Sketch of the medical history of the native army of Bombay, for the year
Year: 1872
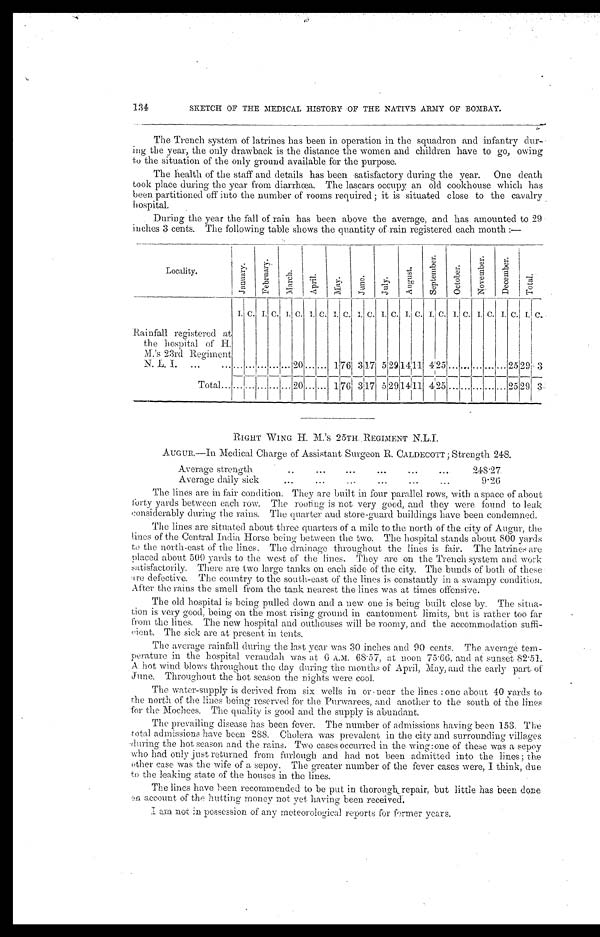
SKETCH OF THE MEDICAL HISTORY OF THE NATIVE ARMY OF BOMBAY.
The Trench system of latrines has been in operation in the squadron and infantry dur
-
ing the year, the only drawback is the distance the women and children have to go, owing
to the situation of the only ground available for the purpose.
The health of the staff and details has been satisfactory during the year. One death
took place during the year from diarrhœa. The lascars occupy an old cookhouse which has
been partitioned off into the number of rooms required ; it is situated close to the cavalry hospital.
During the year the fall of rain has been above the average, and has amounted to 29
inches 3 cents. The following table shows the quantity of rain registered each month :—
Locality.
J a n u a r y .
F e b r u a r y .
M a r c h .
April.
M a y .
J u n e .
Jul y.
Au g u s t .
S e p t e m b e r .
O c t o b e r .
N o v e m b e r .
D e c e m b e r .
T o t a l .
Rainfall registered at
the hospital of H.
M.'s 23rd Regiment
N.L.I. . . .
I. C. I. C. I.
C. I.
C. I. C. I. C. I. C. I. C. I. C. I. C. I. C. I. C. I. C.
. . .
. . .. . .
. . .
. . . 20 . . .
. . .1
76
3
17 5 29
1 4
11 4 25
. . .
. . .
. . .
. . .
. . . 25 29 3
Total . . .
. . .
. . .
. . .
. . .
. . . 20. . .
. . . 1
763
17 5 29 14
1 1
4
25
. . .
. . .
. . .
. . .
. . . 25 29 3
RIGHT WING H.M.'s 25TH REGIMENT N.L.I.
AUGUR.—In Medical Charge of Assistant Surgeon R. CALDECOTT ; Strength 248.
Average strength . . .
248.27
Average daily sick . . .
9.26
The lines are in fair condition. They are built in four parallel rows, with a space of about
forty yards between each row. The rooting is not very good, and they were found to leak
considerably during the rains. The quarter and store-guard buildings have been condemned.
The lines are situated about three quarters of a mile to the north of the city of Augur, the
lines of the Central India Horse being between the two. The hospital stands about 800 yards
to the north-east of the lines. The drainage throughout the lines is fair. The latrines are
placed about 500 yards to the west of the lines. They are on the Trench system and work
satisfactorily. There are two large tanks on each side of the city. The bunds of both of these
are defective. The country to the south-east of the lines is constantly in a swampy condition.
.After the rains the smell from the tank nearest the lines was at times offensive.
The old hospital is being pulled down and a new one is being built close by. The
s i t u a -
tion is very good, being on the most rising ground in cantonment limits, but is rather too far
from the lines. The new hospital and outhouses will be roomy, and the accommodation suffi
-
cient. The sick are at present in tents.
The average rainfall during the last year was 30 inches and 90 cents. The average tem
-
perature in the hospital verandah was at 6 A.M. 68.57, at noon 75.66, and at sunset 82.51.
A hot wind blows throughout the day during the months of April, May, and the early part of
June. Throughout the hot season the nights were cool.
The water-supply is derived from six wells in or near the lines : one about 40 yards to
the north of the lines being reserved for the Purwarees, and another to the south of the lines
for the Mochees. The quality is good and the supply is abundant.
The prevailing disease has been fever. The number of admissions having been 153. The
total admissions have been 288. Cholera was prevalent in the city and surrounding villages
during the hot season and the rains. Two cases occurred in the wing:one of these was a sepoy
who had only just returned from furlough and had not been admitted into the lines; the
other case was the wife of a sepoy. The greater number of the fever cases were, I think, due
to the leaking state of the houses in the lines.
The lines have been recommended to be put in thorough repair, but little has been done
on account of the hutting money not yet having been received.
I am not possession of any meteorological reports for former years.
134